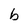
Character: b